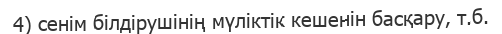
4) сенім білдірушінің мүліктік кешенін басқару, т.б.